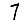
Digit: 7